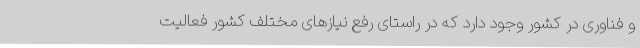
و فناوری در کشور وجود دارد که در راستای رفع نیازهای مختلف کشور فعالیت